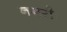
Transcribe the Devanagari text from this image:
नगरीः